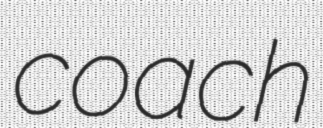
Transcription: coach